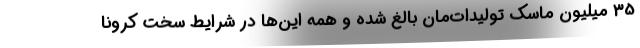
35 میلیون ماسک تولیدات‌مان بالغ شده و همه این‌ها در شرایط سخت کرونا